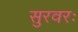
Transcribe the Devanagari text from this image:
सुरवरः